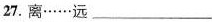
27.离……远___